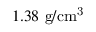
1 . 3 8 ~ \mathrm { g / c m ^ { 3 } }